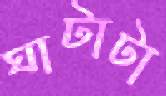
ঘাটাটা